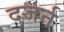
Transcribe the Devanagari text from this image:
दजर्न